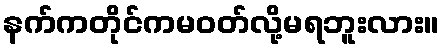
နက်ကတိုင်ကမဝတ်လို့မရဘူးလား။